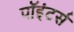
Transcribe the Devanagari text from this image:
पॉइंटर्स